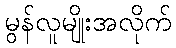
မွန်လူမျိုးအလိုက်